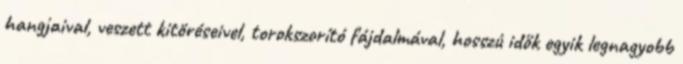
hangjaival, veszett kitöréseivel, torokszorító fájdalmával, hosszú idők egyik legnagyobb